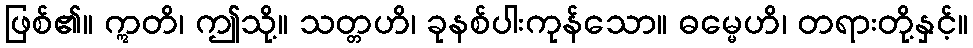
ဖြစ်၏။ ဣတိ၊ ဤသို့။ သတ္တဟိ၊ ခုနစ်ပါးကုန်သော။ ဓမ္မေဟိ၊ တရားတို့နှင့်။